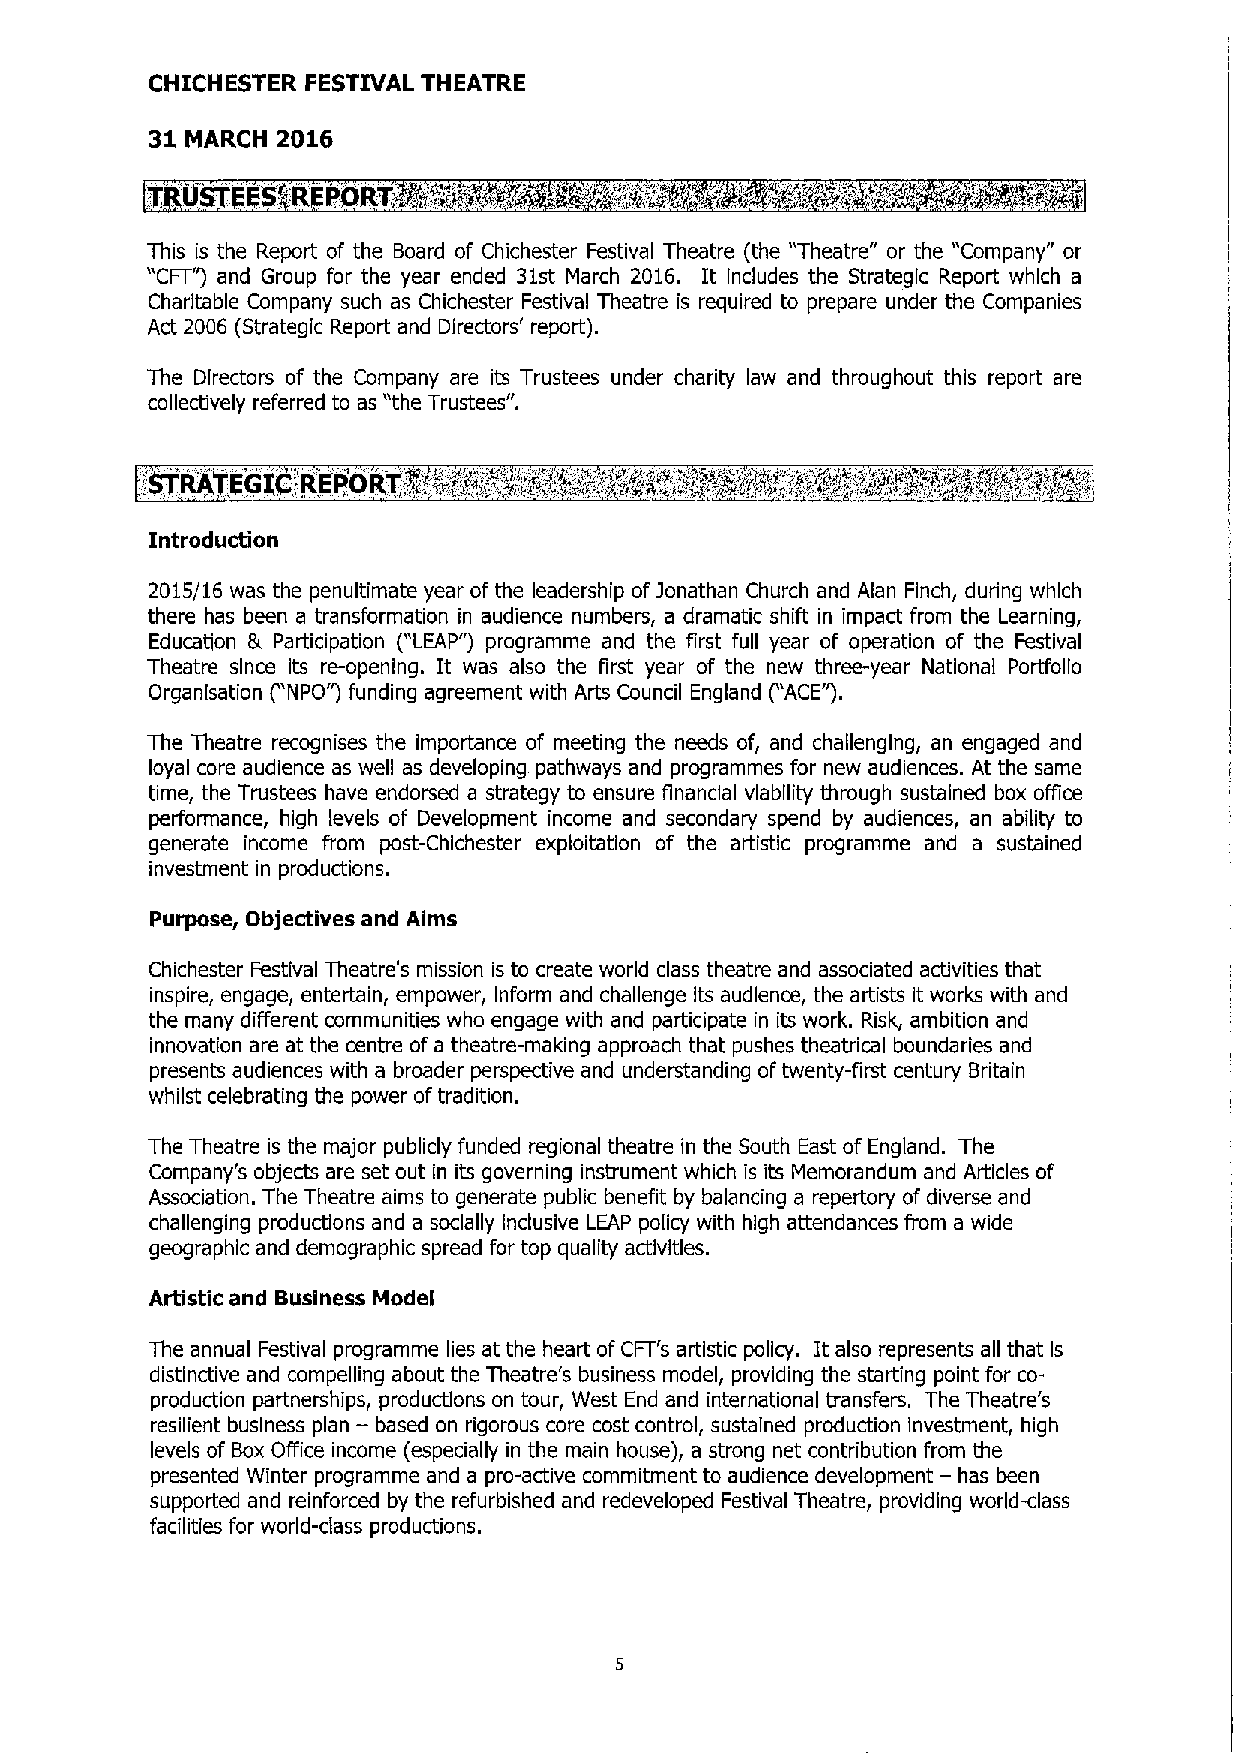
CHICHESTER FESTIVAL THEATRE
 31      2016
 MARCH
 ',
 T USTPES'REPrj3k;-",'&&™z'~..''.Pi"' ~~" .-',Ii';",in%' '& . 4CrÃN xN.
 This is the Report of the Board of Chichester Festival Theatre (the "Theatre" or the "Company" or
 "CFT") and Group for the year ended 31st March 2016. It Includes the Strategic Report which a
 Charitable Company such as Chichester Festival Theatre is required to prepare under the Companies
 Act 2006 (Strategic Report and Directors' report).
 The Directors of the Company are its Trustees under charity law and throughout this report are
 collectively referred to as "the Trustees".
 .STRATEGTCREPORTfi  i(fir,"-"; .. ~;.„"f';;„i,:""r.-'"~'i@"rx """xfr'~'i'"'+rt~+rV-'59"~- '~r~'.""A&i'Ac '-.~flp~~Z
 Introduction
 2015/16 was the penultimate year of the leadership ofJonathan Church and Alan Finch, during which
 there has been a transformation in audience numbers, a dramatic shift in impact from the Learning,
 Education Br Participation ("LEAP") programme and the first full year of operation of the Festival
 Theatre since its re-opening. It was also the first year of the new three-year National Porffollo
 Organisation ("NPO") funding agreement with Arts Council England ("ACE").
 The Theatre recognises the importance of meeting the needs of, and challenging, an engaged and
 loyal core audience as well as developing pathways and programmes for new audiences. At the same
 time, the Trustees have endorsed a strategy to ensure financial viability through sustained box office
 performance, high levels of Development income and secondary spend by audiences, an ability to
 generate income from post-Chlchester exploitation of the artistic programme and a sustained
 investment in productions.
 Purpose, Objectives and Alms
 Chichester Festival Theatre's mission is to create world class theatre and associated activities that
 inspire, engage, entertain, empower, Inform and challenge its audience, the artists it works with and
 the many different communities who engage with and participate in its work. Risk, ambition and
 innovation are at the centre ofa theatre-making approach that pushes theatrical boundaries and
 presents audiences with a broader perspective and understanding oftwenty-first century Britain
 whilst celebrating the power oftradition.
 The Theatre is the major publicly funded regional theatre in the South East of England. The
 Company's objects are set out in its governing instrument which is its Memorandum and Articles of
 Association. The Theatre aims to generate public benefit by balancing a repertory of diverse and
 challenging productions and a socially Inclusive LEAP policy with high attendances from a wide
 geographic and demographic spread for top quality activities.
 Artistic and Business Model
 The annual Festival programme lies at the heart ofCFT's artistic policy. It also represents all that Is
 distinctive and compelling about the Theatre's business model, providing the starting point for co-
 production partnerships, productions on tour, West End and international transfers. The Theatre's
 —
 resilient business plan based on rigorous core cost control, sustained production investment, high
 levels of Box Office income (especially in the main house), a strong net contribution from the
 presented Winter programme and a pro-active commitment to audience development — has been
 supported and reinforced by the refurbished and redeveloped Festival Theatre, providing world-class
 facilities for world-class productions.